Civil Veterinary Department. United Provinces 1923-31 - 1923-1931
Year: 1923
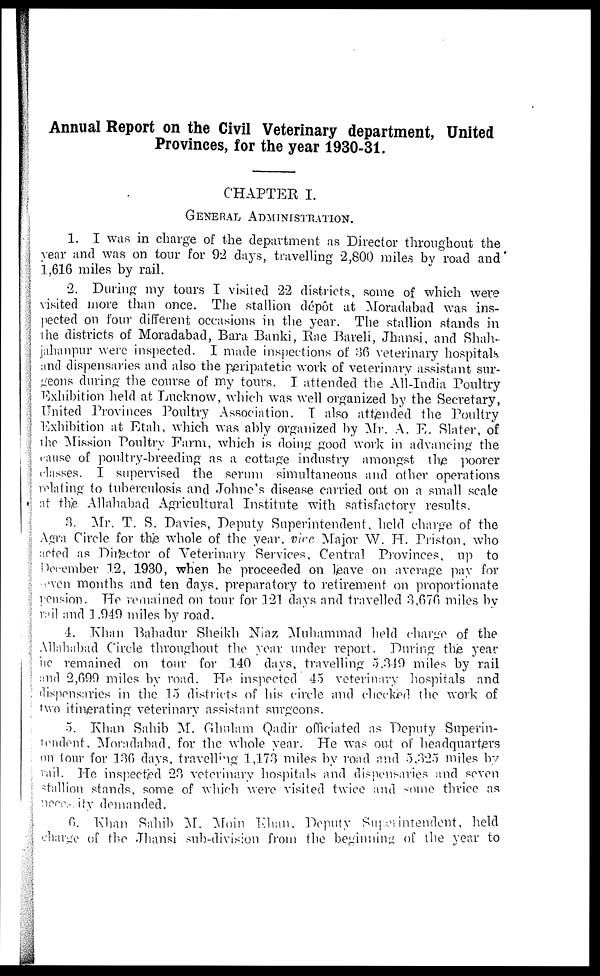
Annual Report on the Civil Veterinary department, United
Provinces, for the year 1930-31.
CHAPTER I.
GENERAL ADMINISTRATION.
1. I was in charge of the department as Director throughout the
year and was on tour for 92 days, travelling 2,800 miles by road and
1,616 miles by rail.
2. During my tours I visited 22 districts, some of which were
visited more than once. The stallion depot at Moradabad was ins-
pected on four different occasions in the year. The stallion stands in
the districts of Moradabad, Bara Banki, Rae Bareli, Jhansi, and Shah-
jahanpur were inspected. I made inspections of 36 veterinary hospitals
and dispensaries and also the peripatetic work of veterinary assistant sur-
geons during the course of my tours. I attended the All-India Poultry
Exhibition held at Lucknow, which was well organized by the Secretary,
United Provinces Poultry Association. I also attended the Poultry
Exhibition at Etah, which was ably organized by Mr. A. E. Slater, of
the Mission Poultry Farm, which is doing good work in advancing the
cause of poultry-breeding as a cottage industry amongst the poorer
classes. I supervised the serum simultaneous and other operations
relating to tuberculosis and Johne's disease carried out on a small scale
at the Allahabad Agricultural Institute with satisfactory results.
3. Mr. T. S. Davies, Deputy Superintendent, held charge of the
Agra Circle for the whole of the year, vice Major W. H. Priston, who
acted as Dirtector of Veterinary Services, Central Provinces, up to
December 1.2, 1930, when he proceeded on leave on average pay for
even months and ten days, preparatory to retirement on proportionate
pension. He remained on tour for 121 days and travelled 3,676 miles by
vail and 1,949 miles by road.
4. Khan Bahadur Sheikh Niaz Muhammad held charge of the
Allahabad Circle throughout the year under report. During the year
he remained on tour for 140 days, travelling 5.310 miles by rail
and 2,600 miles by road. He inspected 45 veterinary hospitals and
dispensaries in the 15 districts of his circle and checked the work of
two itinerating veterinary assistant surgeons.
5. Khan Sahib M. Ghulam Qadir officiated as Deputy Superin-
tendent, Moradabad, for the whole year. He was out of headquarters
on tour for 136 days, traveling 1,173 miles by road and 5,325 miles by
vail. He inspected 23 veterinary hospitals and dispensaries and seven
stallion stands, some of which were visited twice and some thrice as
necesity demanded.
6. Khan Sahib M. Moin Khan, Deputy Superintendent, held
charge of the Jhansi sub-division from the beginning of the year to